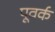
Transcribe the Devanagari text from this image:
पूवर्क